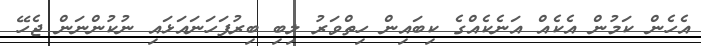
އެހެން ކަމުން އެކެއް އަނެކެއްގެ ކިބައިން ހިތްވަރު ލިބި ބިރުފަހަނައަޅައި ނުކުންނަން ޖެހޭ